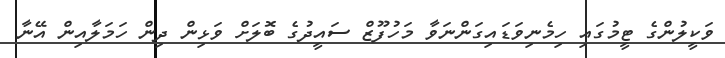
ވަކީލުންގެ ޓީމުގައި ހިމެނިވަޑައިގަންނަވާ މަހުފޫޒް ސައީދުގެ ބޮލަށް ވަޅިން ދިން ހަމަލާއިން އޭނާ